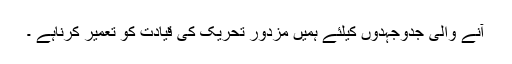
آنے والی جدوجہدوں کیلئے ہمیں مزدور تحریک کی قیادت کو تعمیر کرناہے ۔